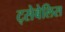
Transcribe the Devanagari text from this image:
ट्सेबेलिस